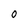
Character: 0